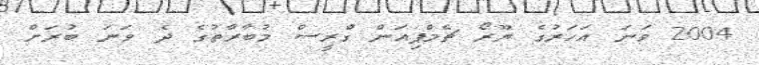
2004 ވަނަ އަހަރުގެ ޔޫރޯ ޗެމްޕިއަން ގްރީސް މުބާރާތުގެ ދެ ވަނަ ބުރަށް